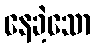
နေခဲ့သော